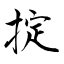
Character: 掟